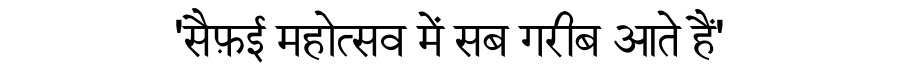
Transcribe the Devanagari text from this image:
'सैफ़ई महोत्सव में सब गरीब आते हैं'